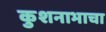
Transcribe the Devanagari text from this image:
कुशनाभाचा